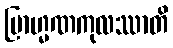
ဗြာဟ္မဏကုလဿာတိ